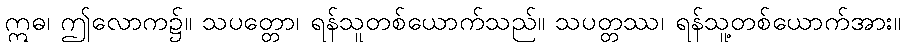
ဣဓ၊ ဤလောက၌။ သပတ္တော၊ ရန်သူတစ်ယောက်သည်။ သပတ္တဿ၊ ရန်သူ့တစ်ယောက်အား။